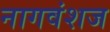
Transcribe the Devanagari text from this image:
नागवंशज